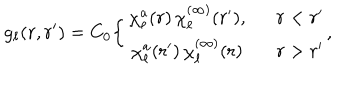
g _ { \ell } ( r , r ^ { \prime } ) = C _ { 0 } \bigg \{ \begin{array} { c c } { { \chi _ { \ell } ^ { a } ( r ) \, \chi _ { \ell } ^ { ( \infty ) } ( r ^ { \prime } ) , } } & { { \, \, \, \, r < r ^ { \prime } } } \\ { { \chi _ { \ell } ^ { a } ( r ^ { \prime } ) \, \chi _ { \ell } ^ { ( \infty ) } ( r ) } } & { { \, \, \, \, r > r ^ { \prime } } } \\ \end{array} ,